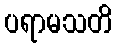
ပရာမသတိ